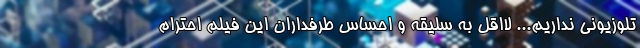
تلوزیونی نداریم... لااقل به سلیقه و احساس طرفداران این فیلم احترام